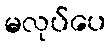
မလုပ်ပေ